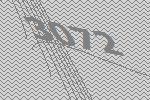
3072